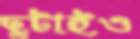
ছুটাইও